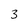
Character: 3